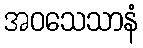
အဝသေသာနံ